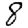
Digit: 8